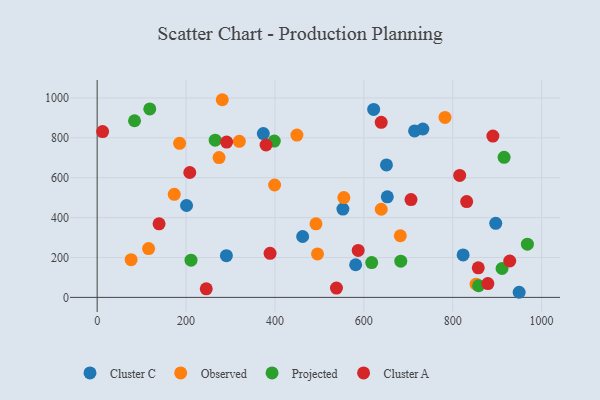
{"axis": {"x": "Ad Spend", "y": "Exam Score"}, "legend": ["Cluster A", "Cluster C", "Observed", "Projected"], "data": [{"x": "714.3", "y": 834.7, "type": "Cluster C"}, {"x": "823.5", "y": 213.1, "type": "Cluster C"}, {"x": "949.6", "y": 25.6, "type": "Cluster C"}, {"x": "373.9", "y": 821.5, "type": "Cluster C"}, {"x": "290.8", "y": 209.1, "type": "Cluster C"}, {"x": "651.0", "y": 664.2, "type": "Cluster C"}, {"x": "622.2", "y": 942.5, "type": "Cluster C"}, {"x": "652.9", "y": 504.4, "type": "Cluster C"}, {"x": "732.9", "y": 844.3, "type": "Cluster C"}, {"x": "553.0", "y": 443.0, "type": "Cluster C"}, {"x": "581.7", "y": 163.5, "type": "Cluster C"}, {"x": "462.4", "y": 305.3, "type": "Cluster C"}, {"x": "201.1", "y": 460.8, "type": "Cluster C"}, {"x": "896.9", "y": 371.2, "type": "Cluster C"}, {"x": "399.3", "y": 563.4, "type": "Observed"}, {"x": "852.8", "y": 66.0, "type": "Observed"}, {"x": "449.5", "y": 814.0, "type": "Observed"}, {"x": "173.5", "y": 516.8, "type": "Observed"}, {"x": "76.4", "y": 188.9, "type": "Observed"}, {"x": "495.8", "y": 217.9, "type": "Observed"}, {"x": "682.2", "y": 309.0, "type": "Observed"}, {"x": "115.7", "y": 244.5, "type": "Observed"}, {"x": "492.4", "y": 369.0, "type": "Observed"}, {"x": "639.3", "y": 441.9, "type": "Observed"}, {"x": "782.7", "y": 902.1, "type": "Observed"}, {"x": "555.1", "y": 500.5, "type": "Observed"}, {"x": "185.5", "y": 772.7, "type": "Observed"}, {"x": "319.9", "y": 782.4, "type": "Observed"}, {"x": "274.3", "y": 701.0, "type": "Observed"}, {"x": "281.5", "y": 991.1, "type": "Observed"}, {"x": "915.7", "y": 702.2, "type": "Projected"}, {"x": "398.6", "y": 783.9, "type": "Projected"}, {"x": "968.1", "y": 267.0, "type": "Projected"}, {"x": "84.1", "y": 885.6, "type": "Projected"}, {"x": "211.2", "y": 186.5, "type": "Projected"}, {"x": "118.4", "y": 945.1, "type": "Projected"}, {"x": "617.8", "y": 174.4, "type": "Projected"}, {"x": "858.3", "y": 58.3, "type": "Projected"}, {"x": "683.2", "y": 181.5, "type": "Projected"}, {"x": "265.6", "y": 788.5, "type": "Projected"}, {"x": "911.1", "y": 144.9, "type": "Projected"}, {"x": "380.1", "y": 764.1, "type": "Cluster A"}, {"x": "831.5", "y": 480.4, "type": "Cluster A"}, {"x": "706.2", "y": 490.6, "type": "Cluster A"}, {"x": "389.1", "y": 220.7, "type": "Cluster A"}, {"x": "928.4", "y": 182.4, "type": "Cluster A"}, {"x": "639.2", "y": 877.8, "type": "Cluster A"}, {"x": "12.3", "y": 831.5, "type": "Cluster A"}, {"x": "139.3", "y": 369.0, "type": "Cluster A"}, {"x": "538.5", "y": 46.9, "type": "Cluster A"}, {"x": "815.8", "y": 611.5, "type": "Cluster A"}, {"x": "879.2", "y": 69.4, "type": "Cluster A"}, {"x": "291.3", "y": 778.7, "type": "Cluster A"}, {"x": "245.5", "y": 42.9, "type": "Cluster A"}, {"x": "857.6", "y": 148.4, "type": "Cluster A"}, {"x": "890.5", "y": 809.0, "type": "Cluster A"}, {"x": "587.4", "y": 235.6, "type": "Cluster A"}, {"x": "208.4", "y": 626.3, "type": "Cluster A"}]}